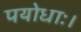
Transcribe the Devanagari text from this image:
पयोधाः।